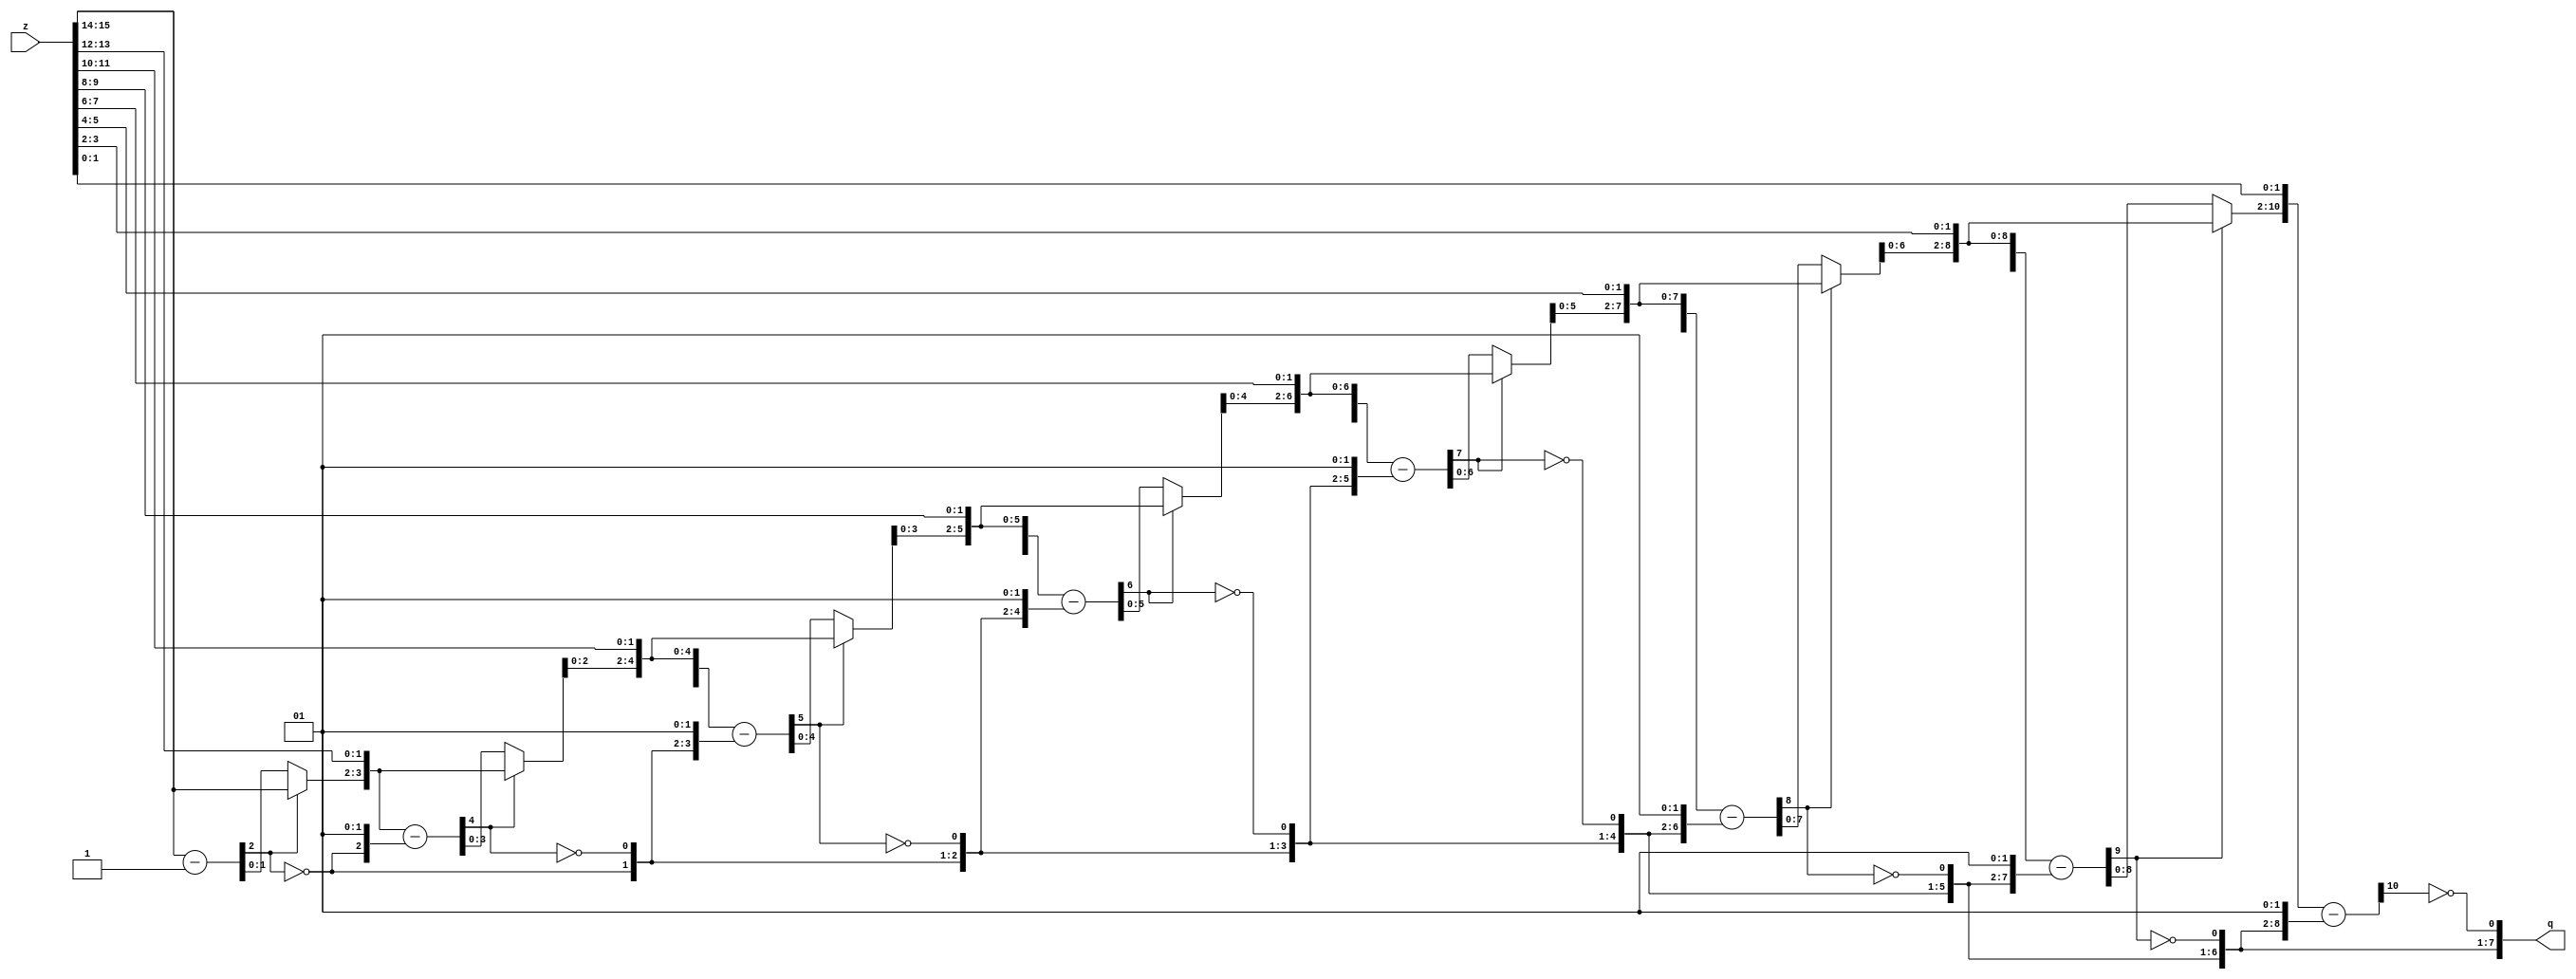
module square_root(
  input [15:0] z,
  output [7:0] q
);

wire [7:0] q;

//7th stage
wire [16:14] z7;
assign       z7[16]    = 1'b0;
assign       z7[15:14] = z[15:14];
wire [16:14] r7        = z7 - {2'b01};
assign       q[7]      = ~r7[16];

//6th stage
wire [16:12] z6;
assign       z6[16:14] = {q[7]} ? r7 : z7;
assign       z6[13:12] = z[13:12];
wire [16:12] r6        = z6 - {q[7],2'b01};
assign       q[6]      = ~r6[16];

//5th stage
wire [15:10] z5;
assign       z5[15:12] = {q[6]} ? r6 : z6;
assign       z5[11:10] = z[11:10];
wire [15:10] r5        = z5 - {q[7:6],2'b01};
assign       q[5]      = ~r5[15];

//4th stage
wire [14:8]  z4;
assign       z4[14:10] = {q[5]} ? r5 : z5;
assign       z4[9:8]   = z[9:8];
wire [14:8]  r4        = z4 - {q[7:5],2'b01};
assign       q[4]      = ~r4[14];

//3rd stage
wire [13:6]  z3;
assign       z3[13:8] = {q[4]} ? r4 : z4;
assign       z3[7:6]   = z[7:6];
wire [13:6]  r3        = z3 - {q[7:4],2'b01};
assign       q[3]      = ~r3[13];

//2nd stage
wire [12:4]  z2;
assign       z2[12:6] = {q[3]} ? r3 : z3;
assign       z2[5:4]   = z[5:4];
wire [12:4]  r2        = z2 - {q[7:3],2'b01};
assign       q[2]      = ~r2[12];

//1st stage
wire [11:2]  z1;
assign       z1[11:4] = {q[2]} ? r2 : z2;
assign       z1[3:2]   = z[3:2];
wire [11:2]  r1        = z1 - {q[7:2],2'b01};
assign       q[1]      = ~r1[11];

//zero stage
wire [10:0]  z0;
assign       z0[10:2] = {q[1]} ? r1 : z1;
assign       z0[1:0]   = z[1:0];
wire [10:0]  r0        = z0 - {q[7:1],2'b01};
assign       q[0]      = ~r0[10];


endmodule